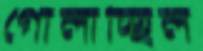
গোলাচ্ছিল